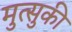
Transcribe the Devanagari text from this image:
मुत्सुकी